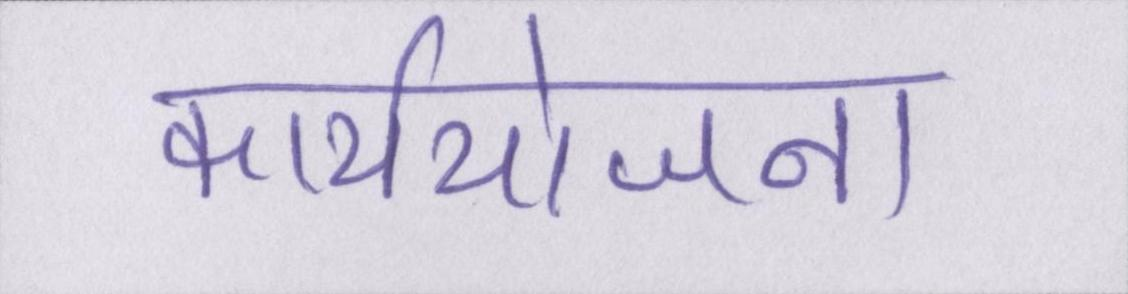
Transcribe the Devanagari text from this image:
कार्ययोजना